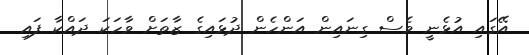
އޭގައި އުޅެނީ ވެސް ގިނައިން އަންހެން ދުޅައިގެ ޒާތަށް ވާހަކަ ދައްކާ ފައި